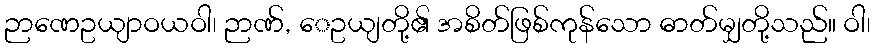
ဉာဏေဥယျာဝယဝါ၊ ဉာဏ်, ေဥယျတို့၏ အစိတ်ဖြစ်ကုန်သော ဓာတ်မျှတို့သည်။ ဝါ၊